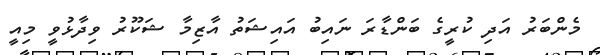
މެންބަރު އަދި ކުރީގެ ބަންޑާރަ ނައިބު އައިޝަތު އާޒިމާ ޝަކޫރު ވިދާޅުވީ މިއީ